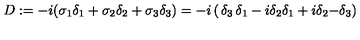
D : = - i ( \sigma _ { 1 } \delta _ { 1 } + \sigma _ { 2 } \delta _ { 2 } + \sigma _ { 3 } \delta _ { 3 } ) = - i \left( \begin{matrix} { \delta _ { 3 } } & { \delta _ { 1 } - i \delta _ { 2 } } \\ { \delta _ { 1 } + i \delta _ { 2 } } & { - \delta _ { 3 } } \\ \end{matrix} \right)